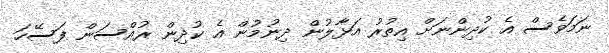
ނަމަވެސް އެ ކުދިންނަށް އިތުރު އަޅާލުން ދިނުމުން އެ ކުދިން ރުއްސަން ފަސޭހަ